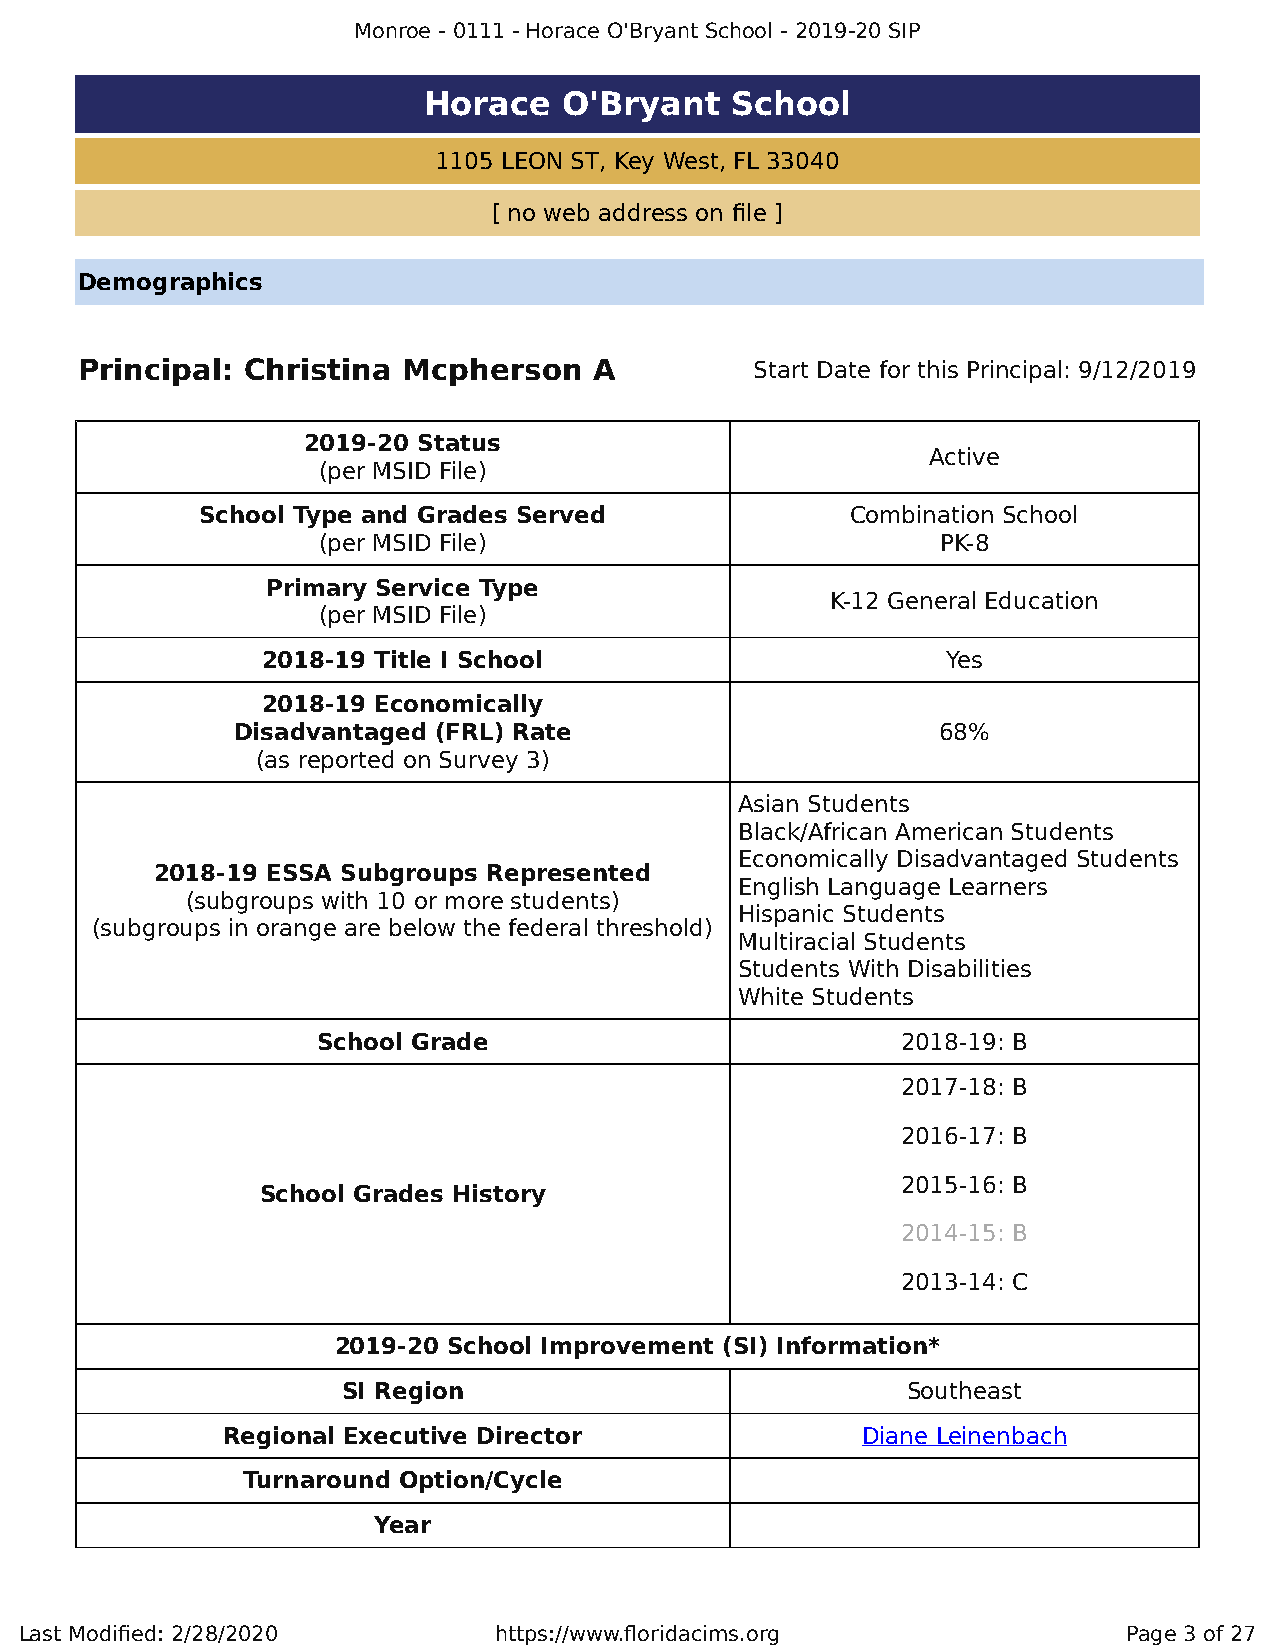
Monroe - 0111 - Horace O'Bryant School - 2019-20 SIP
 Horace   O'Bryant   School
 1105 LEON ST, Key West, FL 33040
 [ no web address on file ]
 Demographics
 Principal: Christina  Mcpherson   A          Start Date for this Principal: 9/12/2019
 2019-20 Status
 Active
 (per MSID File)
 School Type and Grades Served              Combination School
 (per MSID File)                          PK-8
 Primary Service Type
 K-12 General Education
 (per MSID File)
 2018-19 Title I School                        Yes
 2018-19 Economically
 Disadvantaged (FRL) Rate                       68%
 (as reported on Survey 3)
 Asian Students
 Black/African American Students
 Economically Disadvantaged Students
 2018-19 ESSA Subgroups Represented
 English Language Learners
 (subgroups with 10 or more students)
 Hispanic Students
 (subgroups in orange are below the federal threshold)
 Multiracial Students
 Students With Disabilities
 White Students
 School Grade                           2018-19: B
 2017-18: B
 2016-17: B
 2015-16: B
 School Grades History
 2014-15: B
 2013-14: C
 2019-20 School Improvement (SI) Information*
 SI Region                            Southeast
 Regional Executive Director               Diane Leinenbach
 Turnaround Option/Cycle
 Year
 Last Modified: 2/28/2020        https://www.floridacims.org               Page 3 of 27